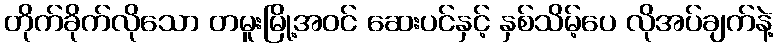
တိုက်ခိုက်လိုသော တမူးမြို့အဝင် ဆေးပင်နှင့် နှစ်သိမ့်ပေ လိုအပ်ချက်နဲ့